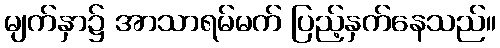
မျက်နှာ၌ အာသာရမ်မက် ပြည့်နှက်နေသည်။